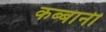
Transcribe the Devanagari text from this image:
कब्बानी